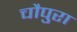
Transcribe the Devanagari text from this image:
चौपुरा